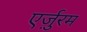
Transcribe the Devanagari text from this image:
एर्ज़ुरम